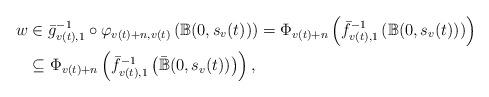
LaTeX: \begin{align*}w & \in \bar{g}_{v(t),1}^{-1} \circ \varphi_{v(t)+n,v(t)}\left( \mathbb{B}(0,s_v(t)) \right)=\Phi_{v(t)+n}\left( \bar{f}_{v(t),1}^{-1}\left( \mathbb{B}(0,s_v(t))\right) \right)\\& \subseteq \Phi_{v(t)+n}\left( \bar{f}_{v(t),1}^{-1}\left( \bar{\mathbb{B}}(0,s_v(t))\right) \right),\end{align*}